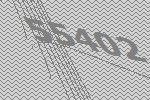
55402